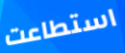
استطاعت